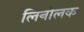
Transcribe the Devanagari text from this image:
लिनोलक